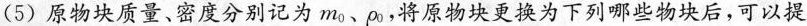
(5)原物块质量、密度分别记为m_{o}、p_{o}，将原物块更换为下列哪些物块后，可以提